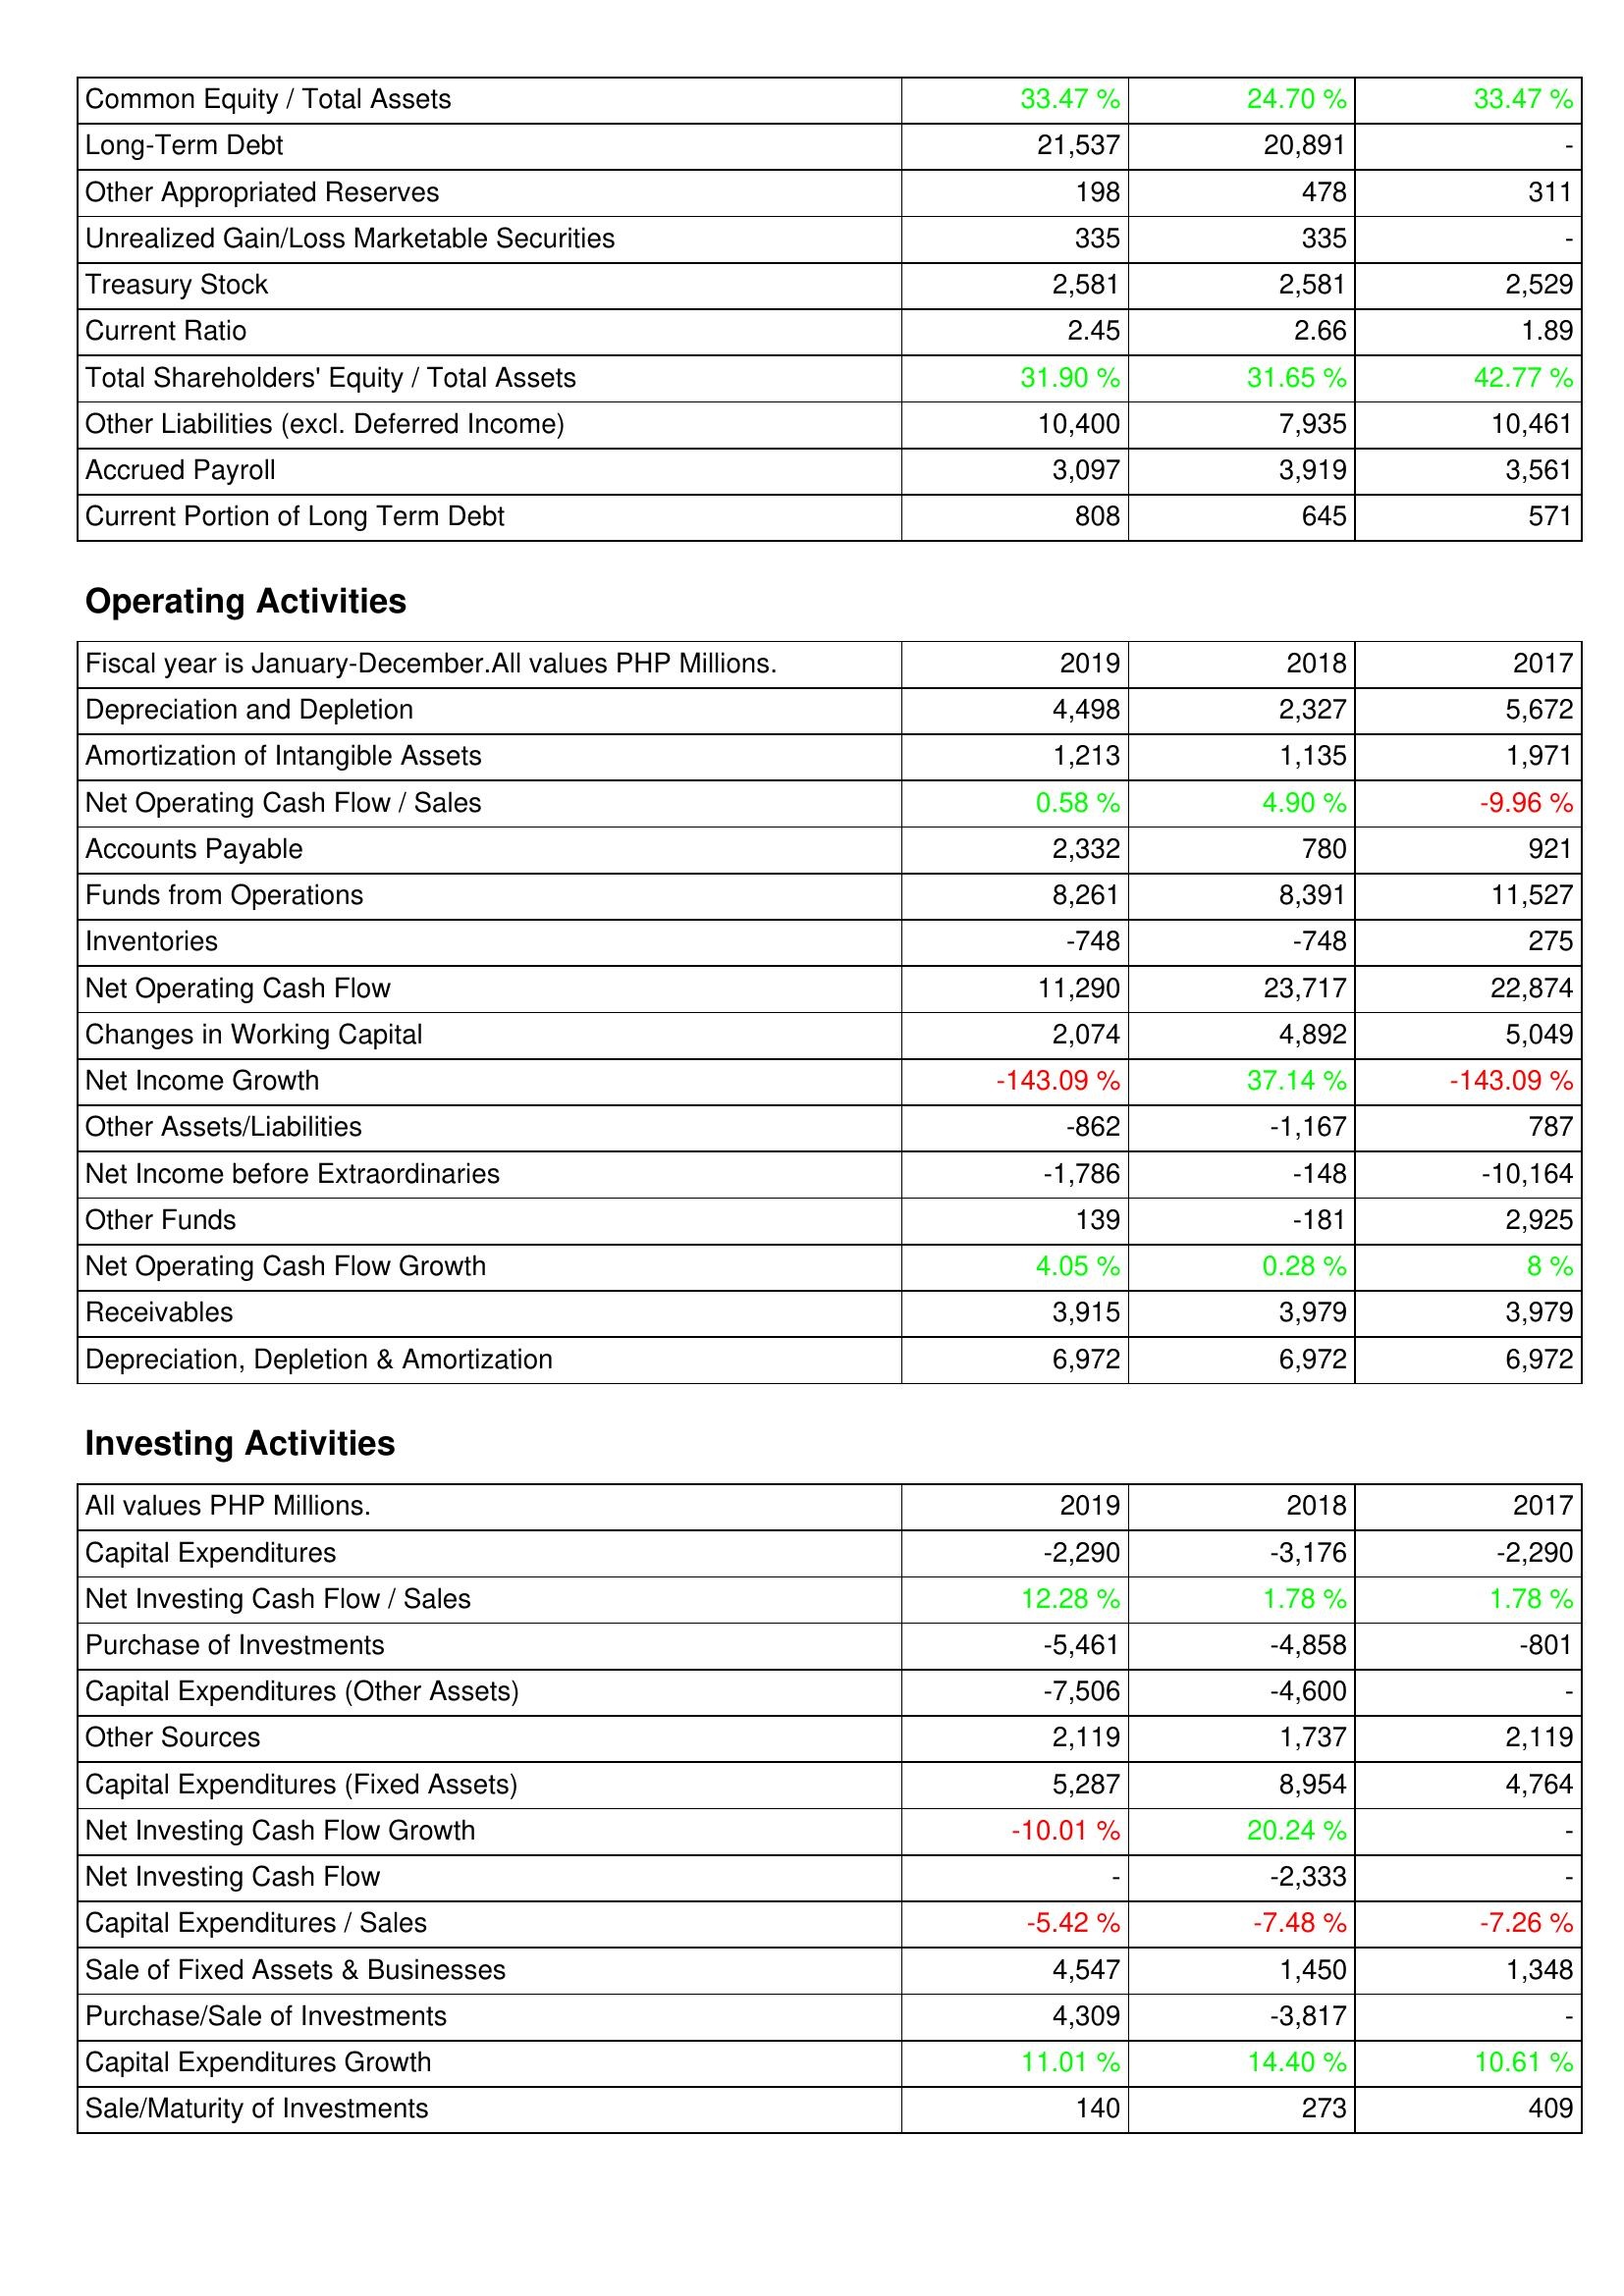
2019: Liabilities & Shareholders' Equity: Common Equity / Total Assets: 33.47 %
Long-Term Debt: 21,537
Other Appropriated Reserves: 198
Unrealized Gain/Loss Marketable Securities: 335
Treasury Stock: 2,581
Current Ratio: 2.45
Total Shareholders' Equity / Total Assets: 31.90 %
Other Liabilities (excl. Deferred Income): 10,400
Accrued Payroll: 3,097
Current Portion of Long Term Debt: 808
Operating Activities: Depreciation and Depletion: 4,498
Amortization of Intangible Assets: 1,213
Net Operating Cash Flow / Sales: 0.58 %
Accounts Payable: 2,332
Funds from Operations: 8,261
Inventories: -748
Net Operating Cash Flow: 11,290
Changes in Working Capital: 2,074
Net Income Growth: -143.09 %
Other Assets/Liabilities: -862
Net Income before Extraordinaries: -1,786
Other Funds: 139
Net Operating Cash Flow Growth: 4.05 %
Receivables: 3,915
Depreciation, Depletion & Amortization: 6,972
Investing Activities: Capital Expenditures: -2,290
Net Investing Cash Flow / Sales: 12.28 %
Purchase of Investments: -5,461
Capital Expenditures (Other Assets): -7,506
Other Sources: 2,119
Capital Expenditures (Fixed Assets): 5,287
Net Investing Cash Flow Growth: -10.01 %
Net Investing Cash Flow: -
Capital Expenditures / Sales: -5.42 %
Sale of Fixed Assets & Businesses: 4,547
Purchase/Sale of Investments: 4,309
Capital Expenditures Growth: 11.01 %
Sale/Maturity of Investments: 140
2018: Liabilities & Shareholders' Equity: Common Equity / Total Assets: 24.70 %
Long-Term Debt: 20,891
Other Appropriated Reserves: 478
Unrealized Gain/Loss Marketable Securities: 335
Treasury Stock: 2,581
Current Ratio: 2.66
Total Shareholders' Equity / Total Assets: 31.65 %
Other Liabilities (excl. Deferred Income): 7,935
Accrued Payroll: 3,919
Current Portion of Long Term Debt: 645
Operating Activities: Depreciation and Depletion: 2,327
Amortization of Intangible Assets: 1,135
Net Operating Cash Flow / Sales: 4.90 %
Accounts Payable: 780
Funds from Operations: 8,391
Inventories: -748
Net Operating Cash Flow: 23,717
Changes in Working Capital: 4,892
Net Income Growth: 37.14 %
Other Assets/Liabilities: -1,167
Net Income before Extraordinaries: -148
Other Funds: -181
Net Operating Cash Flow Growth: 0.28 %
Receivables: 3,979
Depreciation, Depletion & Amortization: 6,972
Investing Activities: Capital Expenditures: -3,176
Net Investing Cash Flow / Sales: 1.78 %
Purchase of Investments: -4,858
Capital Expenditures (Other Assets): -4,600
Other Sources: 1,737
Capital Expenditures (Fixed Assets): 8,954
Net Investing Cash Flow Growth: 20.24 %
Net Investing Cash Flow: -2,333
Capital Expenditures / Sales: -7.48 %
Sale of Fixed Assets & Businesses: 1,450
Purchase/Sale of Investments: -3,817
Capital Expenditures Growth: 14.40 %
Sale/Maturity of Investments: 273
2017: Liabilities & Shareholders' Equity: Common Equity / Total Assets: 33.47 %
Long-Term Debt: -
Other Appropriated Reserves: 311
Unrealized Gain/Loss Marketable Securities: -
Treasury Stock: 2,529
Current Ratio: 1.89
Total Shareholders' Equity / Total Assets: 42.77 %
Other Liabilities (excl. Deferred Income): 10,461
Accrued Payroll: 3,561
Current Portion of Long Term Debt: 571
Operating Activities: Depreciation and Depletion: 5,672
Amortization of Intangible Assets: 1,971
Net Operating Cash Flow / Sales: -9.96 %
Accounts Payable: 921
Funds from Operations: 11,527
Inventories: 275
Net Operating Cash Flow: 22,874
Changes in Working Capital: 5,049
Net Income Growth: -143.09 %
Other Assets/Liabilities: 787
Net Income before Extraordinaries: -10,164
Other Funds: 2,925
Net Operating Cash Flow Growth: 8 %
Receivables: 3,979
Depreciation, Depletion & Amortization: 6,972
Investing Activities: Capital Expenditures: -2,290
Net Investing Cash Flow / Sales: 1.78 %
Purchase of Investments: -801
Capital Expenditures (Other Assets): -
Other Sources: 2,119
Capital Expenditures (Fixed Assets): 4,764
Net Investing Cash Flow Growth: -
Net Investing Cash Flow: -
Capital Expenditures / Sales: -7.26 %
Sale of Fixed Assets & Businesses: 1,348
Purchase/Sale of Investments: -
Capital Expenditures Growth: 10.61 %
Sale/Maturity of Investments: 409